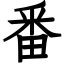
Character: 番